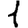
Digit: 1